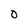
Character: O